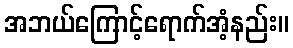
အဘယ်ကြောင့်ရောက်အံ့နည်း။